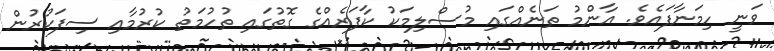
ވަނީ ހިމަނާފައެވެ. އާންމު ތަނެއްގައި މުސްލިމަކު ކާފަރެއްގެ ގޮތުގައި ތުހުމަތު ކުރުމާއި ސިފަކުރުން